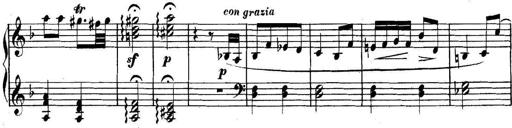
Title: Collected Piano Sonatas
Composer: Muzio Clementi